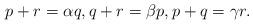
LaTeX: \begin{align*}p+r=\alpha q,q+r=\beta p,p+q=\gamma r.\end{align*}